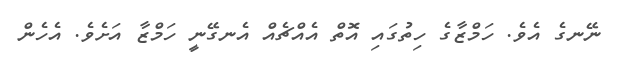
ނޭނގެ އެވެ. ހަމްޒާގެ ހިތުގައި އޮތް އެއްޗެއް އެނގޭނީ ހަމްޒާ އަށެވެ. އެހެން